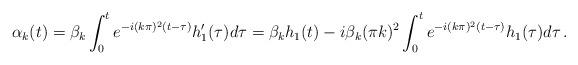
LaTeX: \begin{align*}\alpha _k (t)=\beta_k \int ^t_0 e^{-i (k\pi )^2 (t-\tau)} h'_1(\tau ) d\tau = \beta _k h_1 (t) - i\beta _k (\pi k)^2 \int^t_0e^{-i (k\pi )^2 (t-\tau)} h_1 (\tau ) d\tau \, .\end{align*}